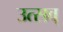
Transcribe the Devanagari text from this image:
उत्सव्